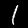
Digit: 1